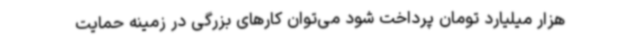
هزار میلیارد تومان پرداخت شود می‌توان کارهای بزرگی در زمینه حمایت